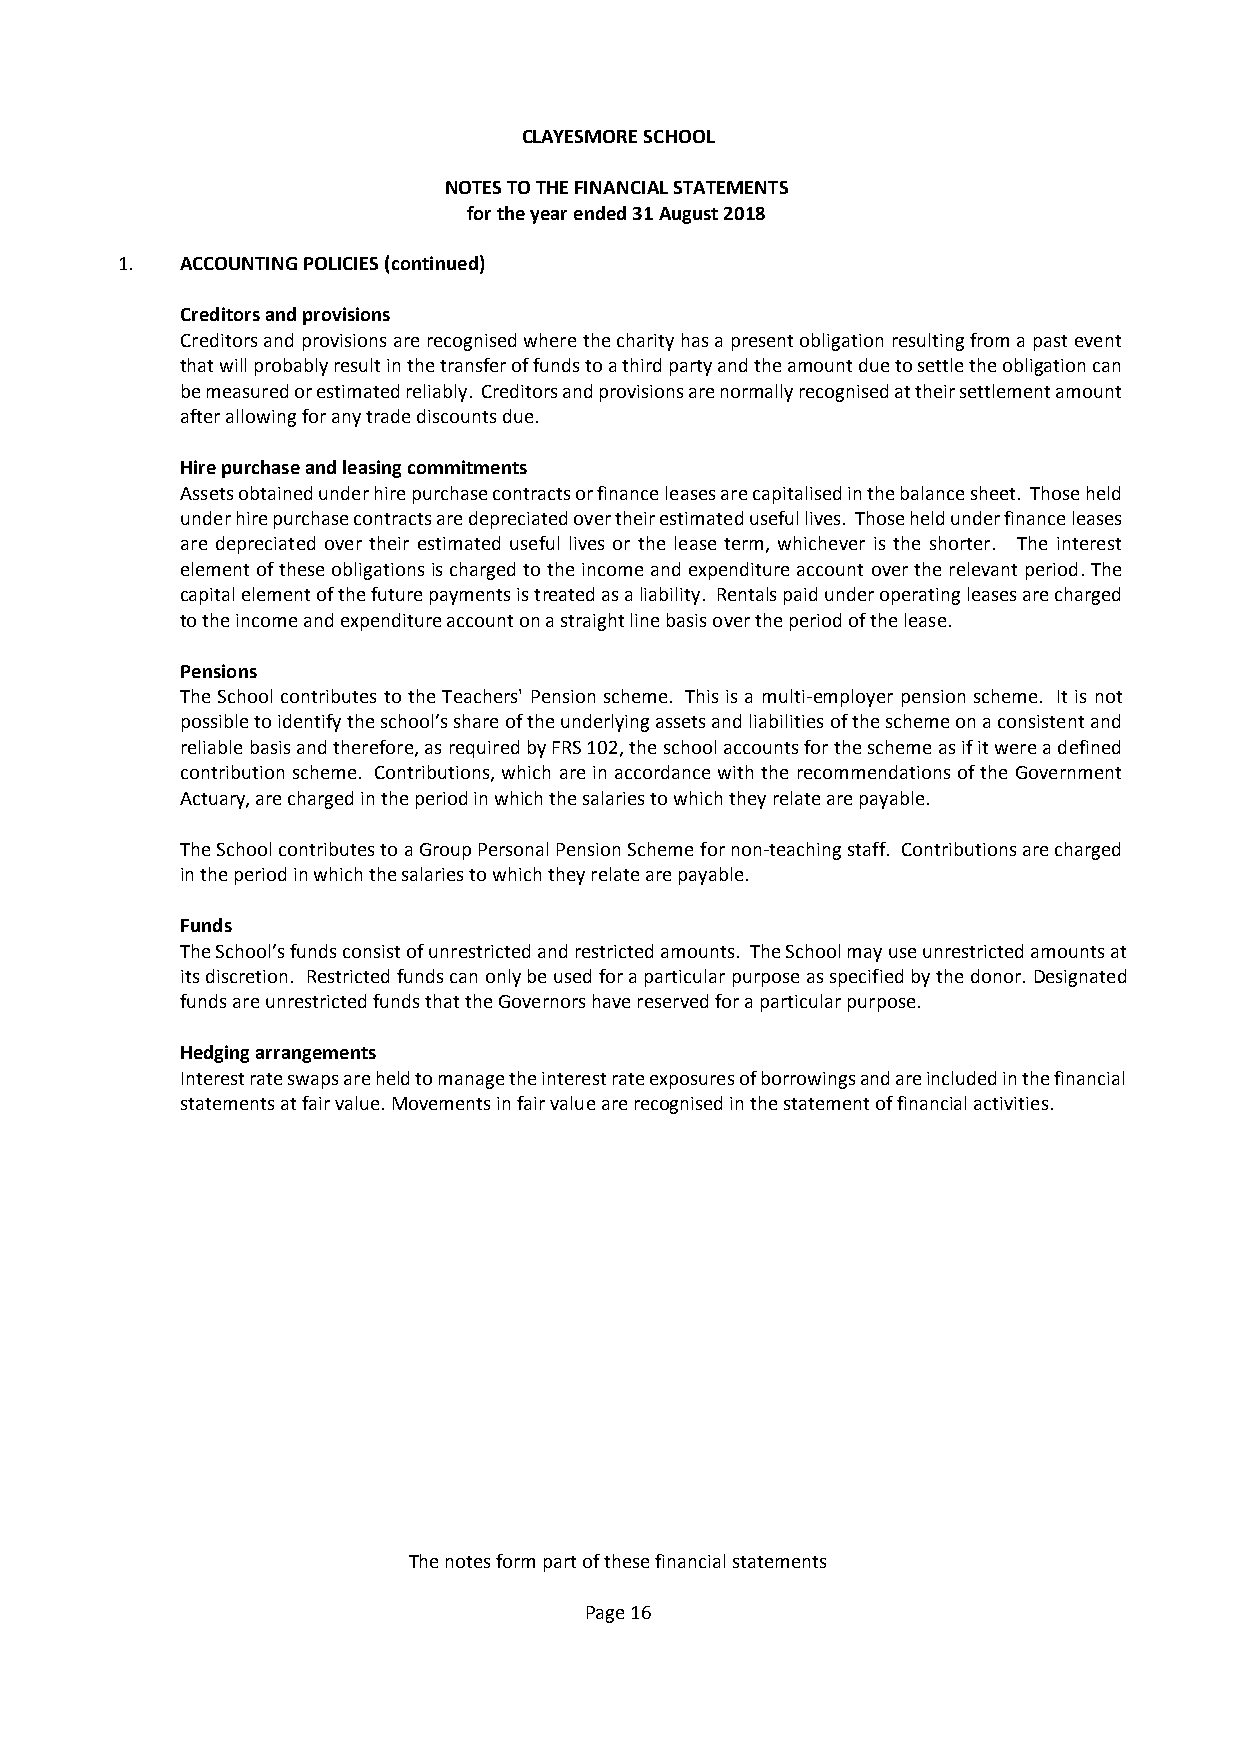
CLAYESMORE SCHOOL
 NOTES TO THE FINANCIAL STATEMENTS
 for the year ended 31 August 2018
 1.  ACCOUNTING POLICIES (continued)
 Creditors and provisions
 Creditors and provisions are recognised where the charity has a present obligation resulting from a past event
 that will probably result in the transfer of funds to a third party and the amount due to settle the obligation can
 be measured or estimated reliably. Creditors and provisions are normally recognised at their settlement amount
 after allowing for any trade discounts due.
 Hire purchase and leasing commitments
 Assets obtained under hire purchase contracts or finance leases are capitalised in the balance sheet. Those held
 under hire purchase contracts are depreciated over their estimated useful lives. Those held under finance leases
 are depreciated over their estimated useful lives or the lease term, whichever is the shorter. The interest
 element of these obligations is charged to the income and expenditure account over the relevant period. The
 capital element of the future payments is treated as a liability. Rentals paid under operating leases are charged
 to the income and expenditure account on a straight line basis over the period of the lease.
 Pensions
 The School contributes to the Teachers' Pension scheme. This is a multi-employer pension scheme. It is not
 possible to identify the school’s share of the underlying assets and liabilities of the scheme on a consistent and
 reliable basis and therefore, as required by FRS 102, the school accounts for the scheme as if it were a defined
 contribution scheme. Contributions, which are in accordance with the recommendations of the Government
 Actuary, are charged in the period in which the salaries to which they relate are payable.
 The School contributes to a Group Personal Pension Scheme for non-teaching staff. Contributions are charged
 in the period in which the salaries to which they relate are payable.
 Funds
 The School’s funds consist of unrestricted and restricted amounts. The School may use unrestricted amounts at
 its discretion. Restricted funds can only be used for a particular purpose as specified by the donor. Designated
 funds are unrestricted funds that the Governors have reserved for a particular purpose.
 Hedging arrangements
 Interest rate swaps are held to manage the interest rate exposures of borrowings and are included in the financial
 statements at fair value. Movements in fair value are recognised in the statement of financial activities.
 The notes form part of these financial statements
 Page 16